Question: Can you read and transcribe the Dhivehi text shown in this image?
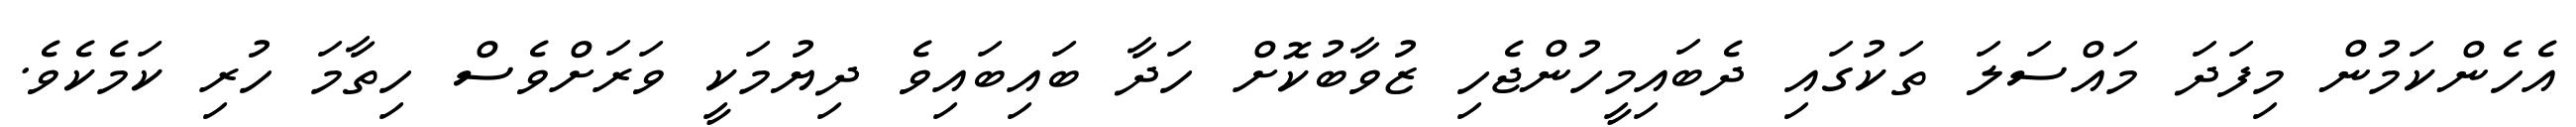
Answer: އެހެންކަމުން މިފަދަ މައްސަލަ ތަކުގައި ދެބައިމީހުންޖެހި ޒުވާބުކޮށް ހަދާ ބައިބައިވެ ދިޔުމަކީ ވަރަށްވެސް ހިތާމަ ހުރި ކަމެކެވެ.